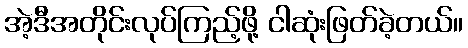
အဲ့ဒီအတိုင်းလုပ်ကြည့်ဖို့ ငါဆုံးဖြတ်ခဲ့တယ်။